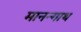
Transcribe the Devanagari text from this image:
मानन्गाथ